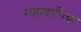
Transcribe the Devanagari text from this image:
महादानिक